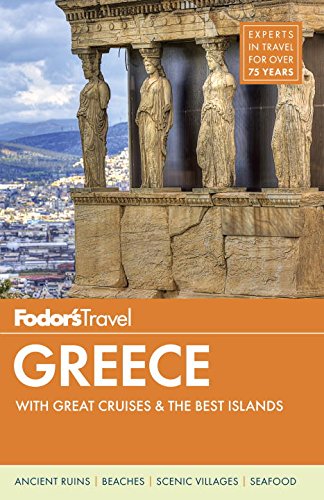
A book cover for Fodor's Greece: with Great Cruises & the Best Islands (Full-color Travel Guide); Fodor's; Travel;